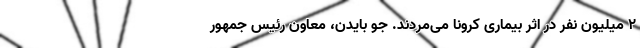
2 میلیون نفر در اثر بیماری کرونا می‌مردند. جو بایدن، معاون رئیس جمهور